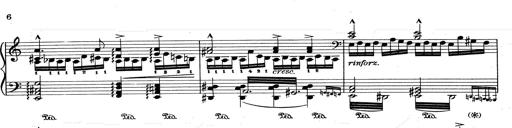
Title: RÃ©miniscences de Don Juan
Composer: Franz Liszt